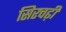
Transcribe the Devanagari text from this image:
सिरचढ़ी